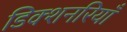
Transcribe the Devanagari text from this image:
डिक्शनरियाँ